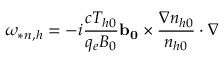
\omega _ { * n , h } = - i \frac { c T _ { h 0 } } { q _ { e } B _ { 0 } } \mathbf { b _ { 0 } } \times \frac { \nabla n _ { h 0 } } { n _ { h 0 } } \cdot \nabla